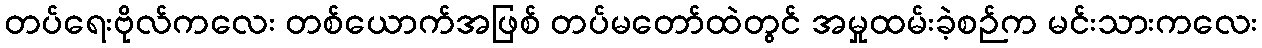
တပ်ရေးဗိုလ်ကလေး တစ်ယောက်အဖြစ် တပ်မတော်ထဲတွင် အမှုထမ်းခဲ့စဉ်က မင်းသားကလေး